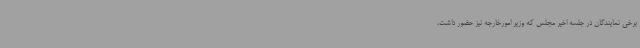
برخی نمایندگان در جلسه اخیر مجلس که وزیر امورخارجه نیز حضور داشت،